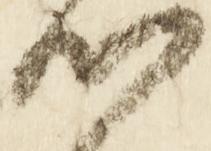
候